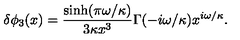
\delta \phi _ { 3 } ( x ) = \frac { \sinh ( \pi \omega / \kappa ) } { 3 \kappa x ^ { 3 } } \Gamma ( - i \omega / \kappa ) x ^ { i \omega / \kappa } .